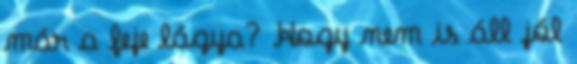
már a feje lágya? Hogy nem is áll jól